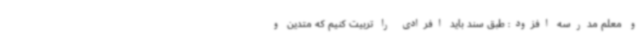
و معلم مدرسه افزود: طبق سند باید افرادی را تربیت کنیم که متدین و